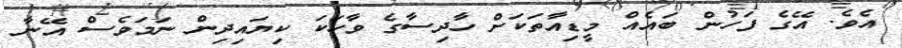
އެވެ. އޭގެ ފަހުން ބައެއް މީޑިއާތަކަށް ހާދިސާގެ ވާހަކަ ކިޔައިދިން ނަމަވެސް އޭނާ